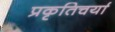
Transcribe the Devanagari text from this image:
प्रकृतिचर्या